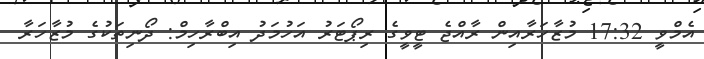
އެމްވީ 17:32 މުޒާހަރާއިން ރާއްޖެ ޓީވީގެ ރިޕޯޓަރު އަހުމަދު އިބްރާހިމް: ދޯނިތަކުގެ މުޒާހަރާ